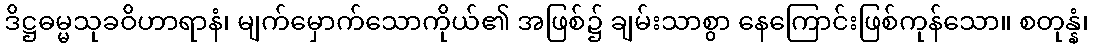
ဒိဋ္ဌဓမ္မသုခဝိဟာရာနံ၊ မျက်မှောက်သောကိုယ်၏ အဖြစ်၌ ချမ်းသာစွာ နေကြောင်းဖြစ်ကုန်သော။ စတုန္နံ၊